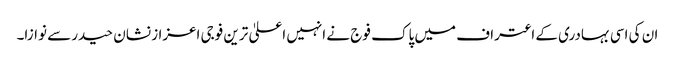
ان کی اسی بہادری کے اعتراف میں پاک فوج نے انہیں اعلیٰ ترین فوجی اعزاز نشان حیدر سے نوازا۔